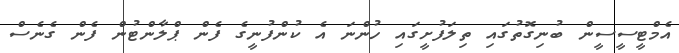
އެމްޓީސީސީން ބުނިގޮތުގައި ތިލަފުށީގައި ހުންނަ އެ ކުންފުނީގެ ފެން ޕްލާންޓުން ފެން ގެނެސް